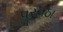
પૂરવઠા